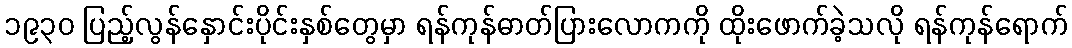
၁၉၃၀ ပြည့်လွန်နှောင်းပိုင်းနှစ်တွေမှာ ရန်ကုန်ဓာတ်ပြားလောကကို ထိုးဖောက်ခဲ့သလို ရန်ကုန်ရောက်